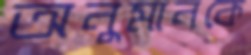
অনুমানকে